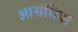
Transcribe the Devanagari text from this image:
आसंधियों